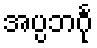
အပ္ပဘင်္ဂု